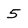
Character: 5